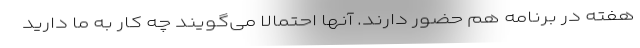
هفته در برنامه هم حضور دارند. آنها احتمالا می‌گویند چه کار به ما دارید